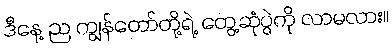
ဒီနေ့ ည ကျွန်တော်တို့ရဲ့ တွေ့ဆုံပွဲကို လာမလား။